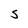
Character: S